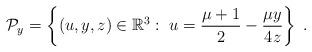
LaTeX: \begin{align*}{\cal P}_y=\left\{( u ,y,z)\in\mathbb R^3:\; u =\frac{\mu+1}2-\frac{\mu y}{4z}\right\}\;.\end{align*}